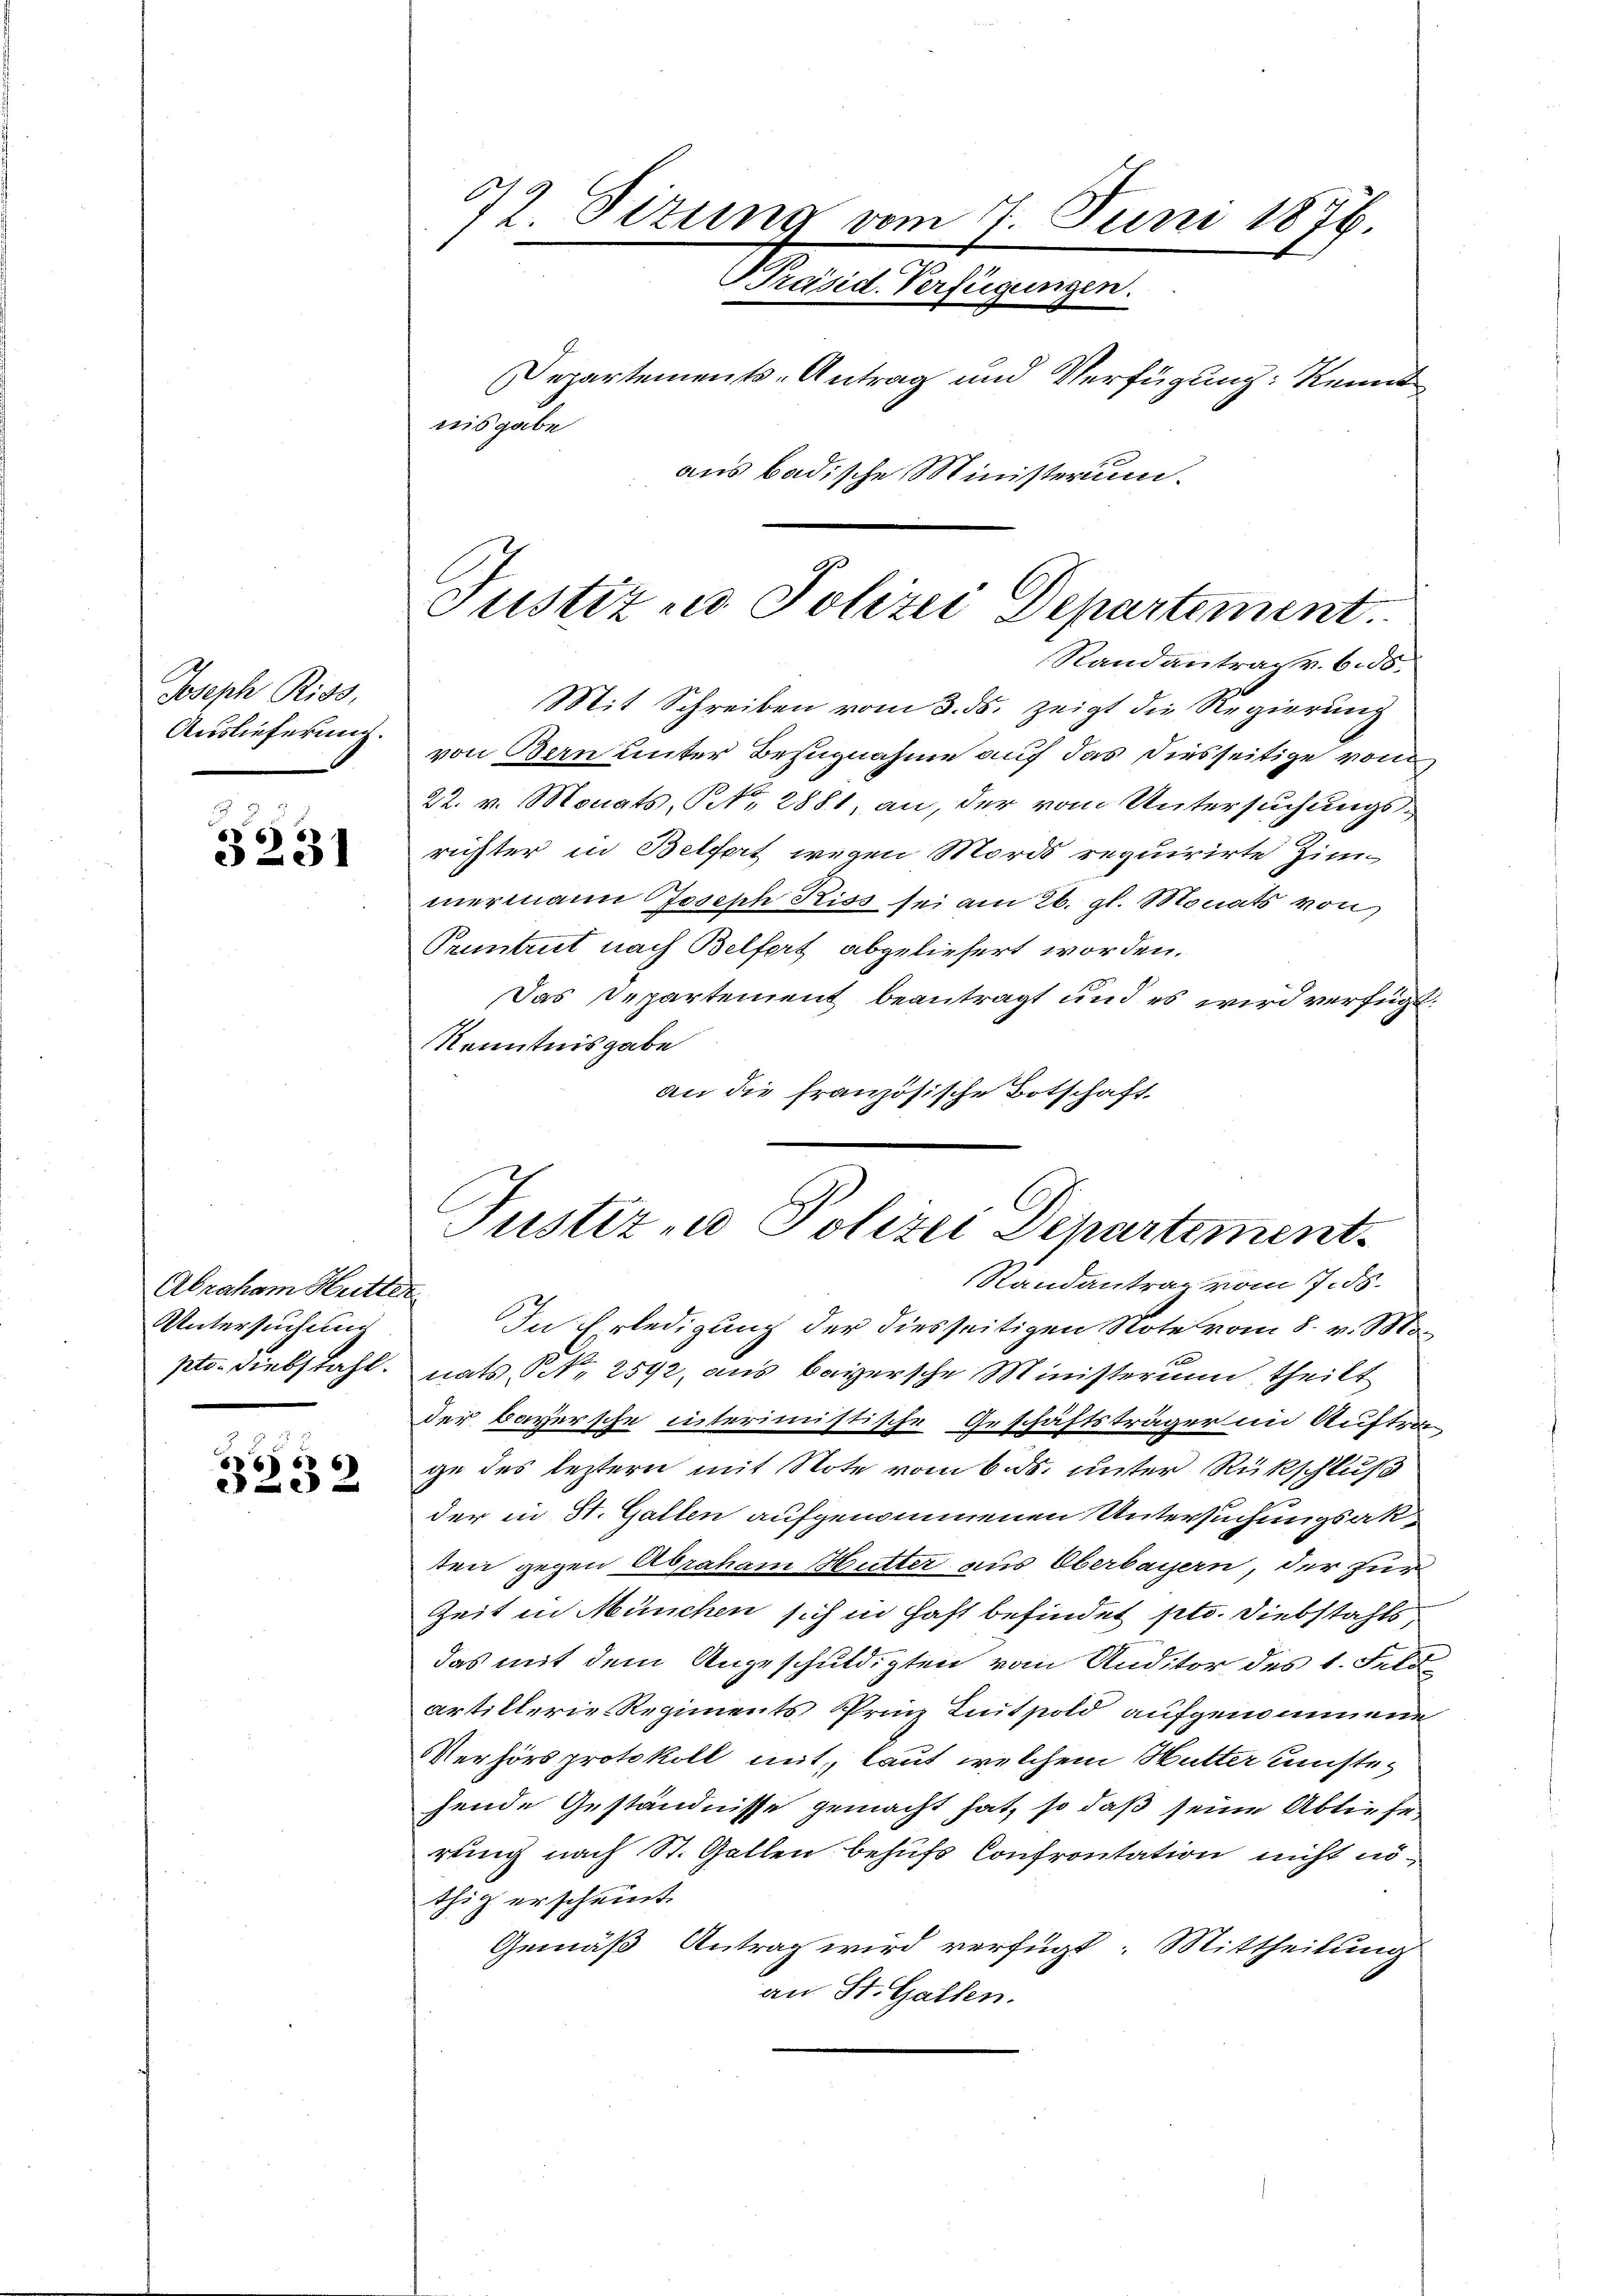
Joseph Riss,
Auslieferung.

3231

Abenten Stellet
Untersuchung

SE
202

42 Sizung vom 7. Juni 1876.
PPräsid. Verfügungen.
Departements-Antrag und Verfügung Kennt

asgabe
aus badische Ministerium.

Justiz u. Polizei Departement.
Randantrag v. 6. ds.

Mit Schreiben vom 3. ds. zeigt die Regierung
von Bern unter Bezugnahme auf das diesseitige vom
22. v. Monats, No. 2881, an, der vom Untersuchungsrichter in Belfort wegen Mords requirirte Zimmermann Joseph Riss sei am 26. gl. Monats von
Pruntrut nach Belfort abgeliefert worden.
Das Departement beantragt und es wird verfügt:
Kenntnisgabe
an die französische Botschaft

Justiz - Polizei Departement.

Randantrag vom 7. ds.
In Erledigung der diesseitigen Note vom 8. v. M.
pto. Diebstahl, nats S. 2592, aus bayersche Ministerium theilt
der bayersche interimistische Geschäftsträger im Auftrage des leztern mit Note vom 6. ds. unter Rückschluß
der in St. Gallen aufgenommenen Untersuchungsakten gegen Abraham Mutter aus Oberbauern, der zur
Zeit in München sich in Hast befindet pto. Diebstahls
das mit dem Angeschuldigten vom Auditor des 1. Feld
artillerie Regiments Prinz Luitpold aufgenommene
Verhörs protokoll mit, laut welchem Mutter unstehende Geständnisse gemacht hat, so daß seine Abliefe
rung nach St. Gallen behufs Confrontation nicht nöthig erscheint.
Gemäß Antrag wird verfügt: Mittheilung
an St. Gallen.